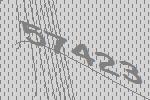
57423